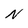
Character: N